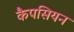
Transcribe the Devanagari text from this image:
कैपसियन